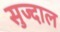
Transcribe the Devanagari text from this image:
सुज्दाल